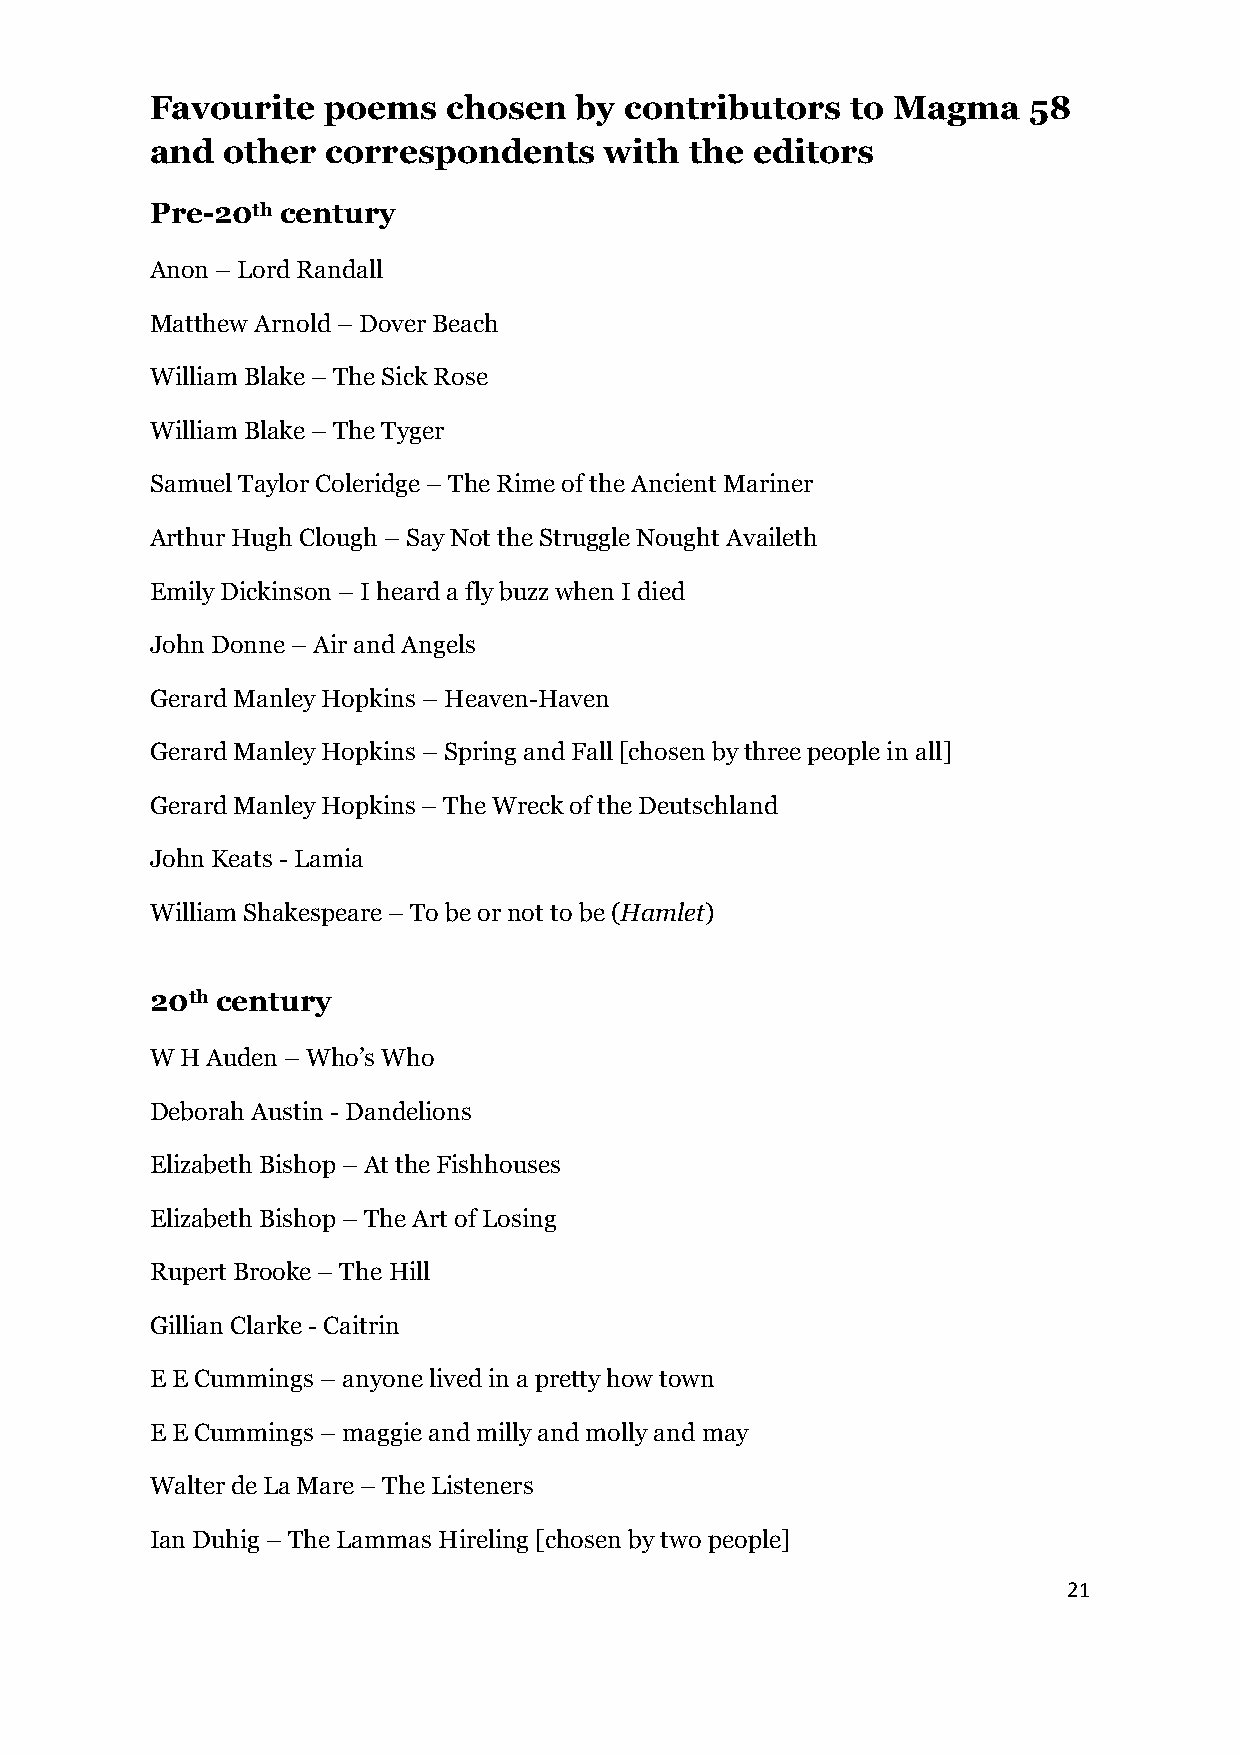
Favourite   poems   chosen  by contributors   to Magma    58
 and  other  correspondents    with  the editors
 Pre-20th century
 Anon – Lord Randall
 Matthew Arnold – Dover Beach
 William Blake – The Sick Rose
 William Blake – The Tyger
 Samuel Taylor Coleridge – The Rime of the Ancient Mariner
 Arthur Hugh Clough – Say Not the Struggle Nought Availeth
 Emily Dickinson – I heard a fly buzz when I died
 John Donne – Air and Angels
 Gerard Manley Hopkins – Heaven-Haven
 Gerard Manley Hopkins – Spring and Fall [chosen by three people in all]
 Gerard Manley Hopkins – The Wreck of the Deutschland
 John Keats - Lamia
 William Shakespeare – To be or not to be (Hamlet)
 20th century
 W H Auden – Who’s Who
 Deborah Austin - Dandelions
 Elizabeth Bishop – At the Fishhouses
 Elizabeth Bishop – The Art of Losing
 Rupert Brooke – The Hill
 Gillian Clarke - Caitrin
 E E Cummings – anyone lived in a pretty how town
 E E Cummings – maggie and milly and molly and may
 Walter de La Mare – The Listeners
 Ian Duhig – The Lammas Hireling [chosen by two people]
 21